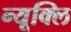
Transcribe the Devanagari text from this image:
न्यूक्लि